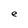
Character: e